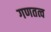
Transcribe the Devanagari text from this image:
गणतत्व